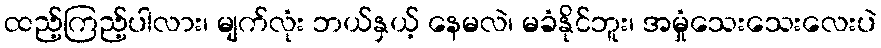
ထည့်ကြည့်ပါလား၊ မျက်လုံး ဘယ်နှယ့် နေမလဲ၊ မခံနိုင်ဘူး၊ အမှုံသေးသေးလေးပဲ